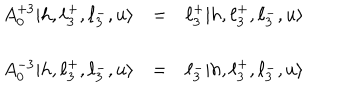
\begin{array} { l l l } { { A _ { 0 } ^ { + 3 } | h , \ell _ { 3 } ^ { + } , \ell _ { 3 } ^ { - } , u \rangle } } & { { = } } & { { \ell _ { 3 } ^ { + } | h , \ell _ { 3 } ^ { + } , \ell _ { 3 } ^ { - } , u \rangle } } \\ { { \ } } & { { \ } } \\ { { A _ { 0 } ^ { - 3 } | h , \ell _ { 3 } ^ { + } , \ell _ { 3 } ^ { - } , u \rangle } } & { { = } } & { { \ell _ { 3 } ^ { - } | h , \ell _ { 3 } ^ { + } , \ell _ { 3 } ^ { - } , u \rangle } } \\ \end{array}